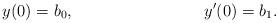
LaTeX: \begin{align*}y(0) & = b_0, &y'(0) & = b_1.\end{align*}